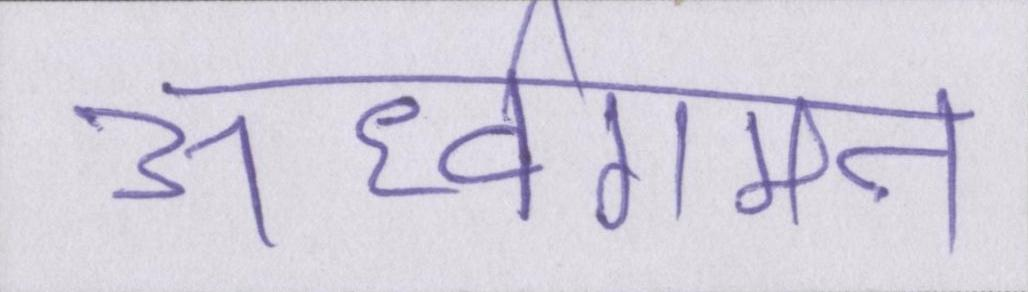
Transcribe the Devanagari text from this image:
ऊर्ध्वगमन